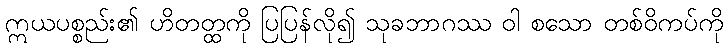
ဣယပစ္စည်း၏ ဟိတတ္ထကို ပြပြန်လို၍ သုခဘာဂဿ ဝါ စသော တစ်ဝိကပ်ကို